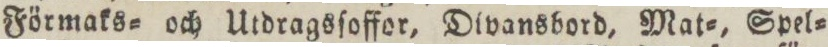
Förmaks= och Utdragsſoffor, Divansbord, Mat=, Spel=